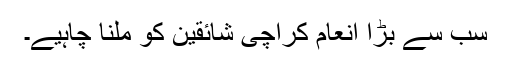
سب سے بڑا انعام کراچی شائقین کو ملنا چاہیے۔